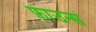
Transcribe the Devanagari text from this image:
फ़ाउन्स